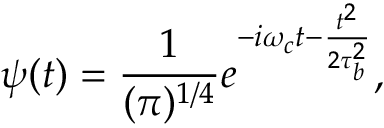
\psi ( t ) = \frac { 1 } { ( \pi ) ^ { 1 / 4 } } e ^ { - i \omega _ { c } t - \frac { t ^ { 2 } } { 2 \tau _ { b } ^ { 2 } } } ,